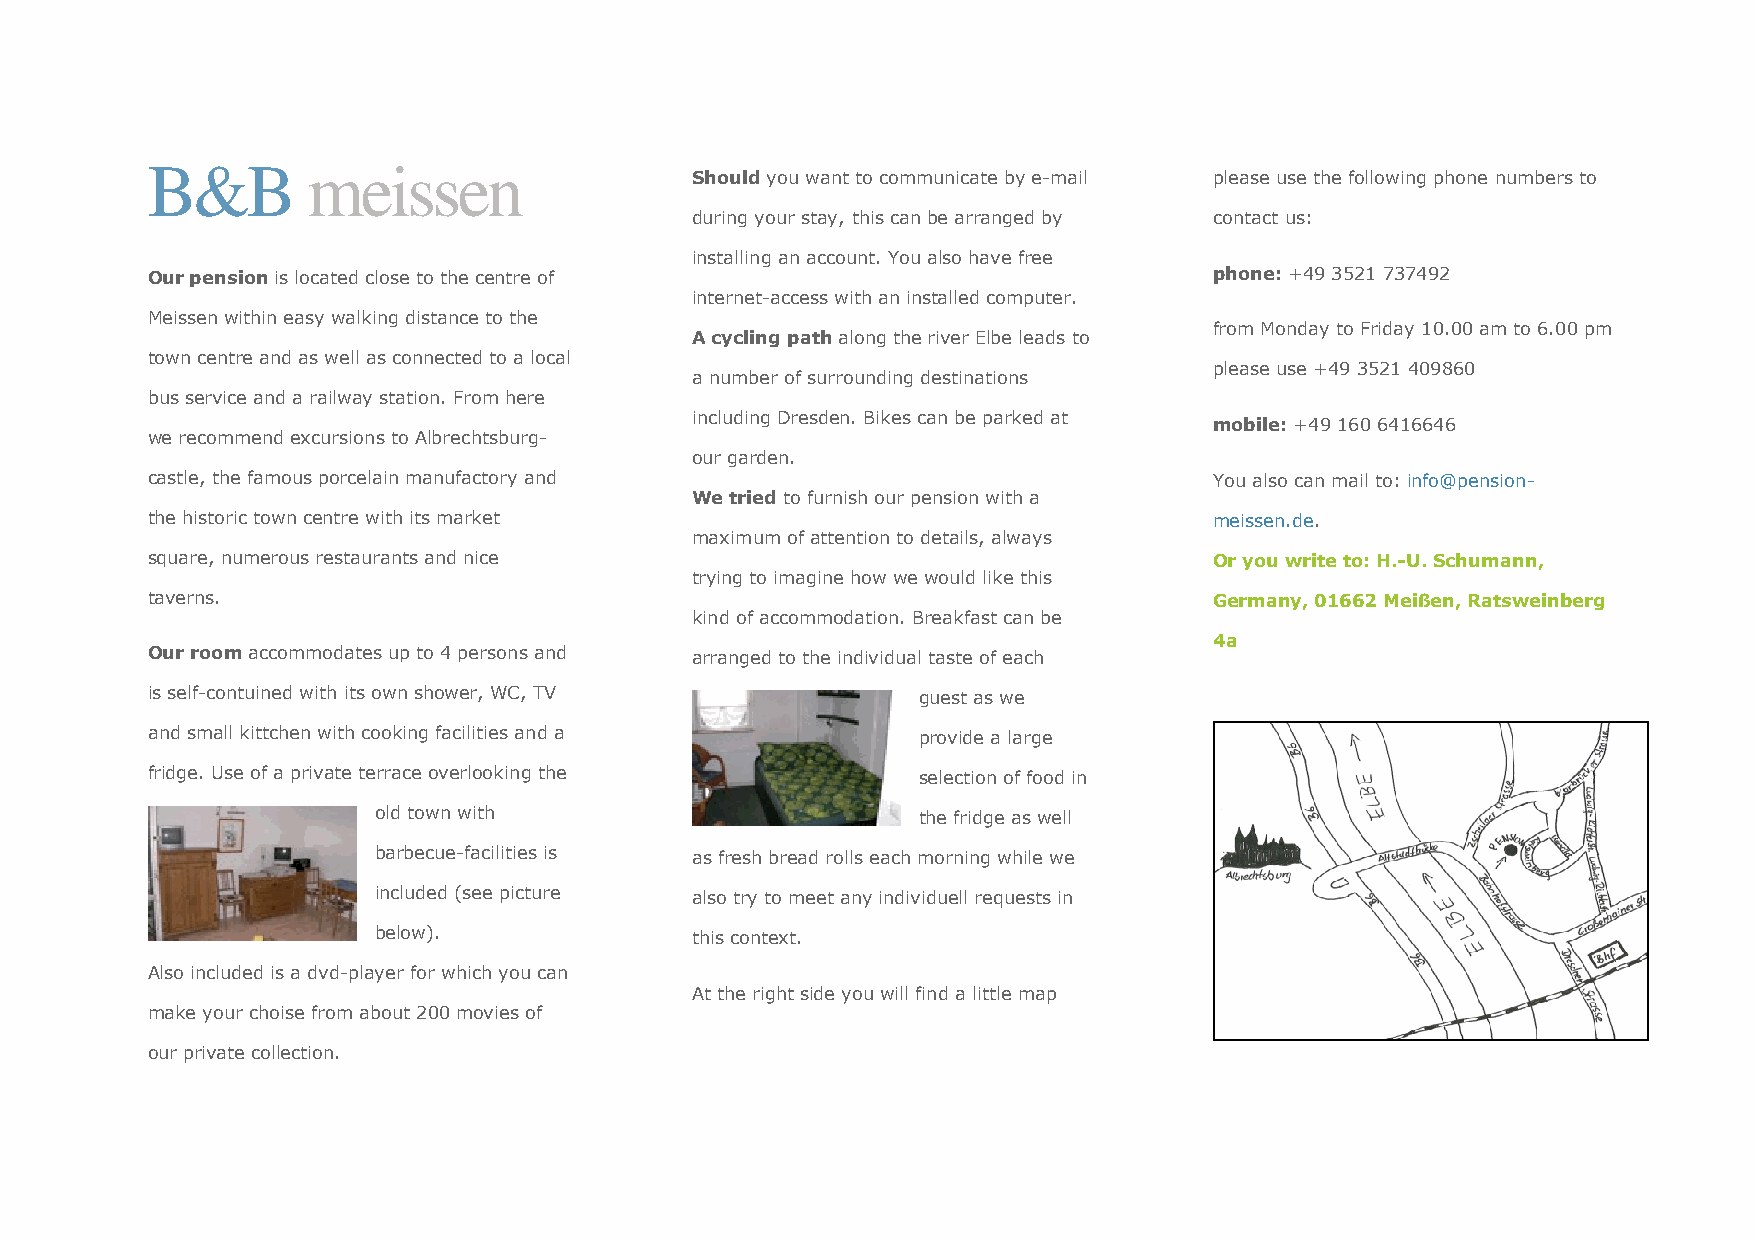
B&B       meissen
 Should you want to communicate by e-mail please use the following phone numbers to
 during your stay, this can be arranged by contact us:
 installing an account. You also have free
 Our pension is located close to the centre of                         phone: +49 3521 737492
 internet-access with an installed computer.
 Meissen within easy walking distance to the
 from Monday to Friday 10.00 am to 6.00 pm
 A cycling path along the river Elbe leads to
 town centre and as well as connected to a local
 please use +49 3521 409860
 a number of surrounding destinations
 bus service and a railway station. From here
 including Dresden. Bikes can be parked at
 mobile: +49 160 6416646
 we recommend excursions to Albrechtsburg-
 our garden.
 castle, the famous porcelain manufactory and                          You also can mail to: info@pension-
 We tried to furnish our pension with a
 the historic town centre with its market                              meissen.de.
 maximum of attention to details, always
 square, numerous restaurants and nice                                 Or you write to: H.-U. Schumann,
 trying to imagine how we would like this
 taverns.                                                              Germany, 01662 Meißen, Ratsweinberg
 kind of accommodation. Breakfast can be
 4a
 Our room accommodates up to 4 persons and arranged to the individual taste of each
 is self-contuined with its own shower, WC, TV      guest as we
 and small kittchen with cooking facilities and a   provide a large
 fridge. Use of a private terrace overlooking the   selection of food in
 old town with                       the fridge as well
 barbecue-facilities is as fresh bread rolls each morning while we
 included (see picture also try to meet any individuell requests in
 below).              this context.
 Also included is a dvd-player for which you can
 At the right side you will find a little map
 make your choise from about 200 movies of
 our private collection.